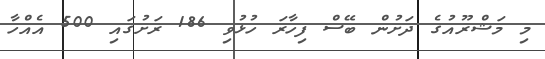
މި މަޝްރޫއުގެ ދަށުން ބޭސް ފިހާރަ ހުޅުވި 186 ރަށުގައި 500 އެއްހާ